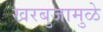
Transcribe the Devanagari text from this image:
खरबुजामुळे